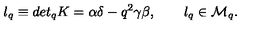
l _ { q } \equiv d e t _ { q } K = \alpha \delta - q ^ { 2 } \gamma \beta , \qquad l _ { q } \in { \cal M } _ { q } .